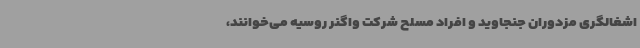
اشغالگری مزدوران جنجاوید و افراد مسلح شرکت واگنر روسیه می‌خوانند،